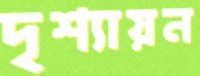
দৃশ্যায়ন